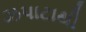
ઝપાટાથી